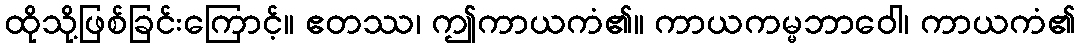
ထိုသို့ဖြစ်ခြင်းကြောင့်။ ဧတဿ၊ ဤကာယကံ၏။ ကာယကမ္မဘာဝေါ၊ ကာယကံ၏